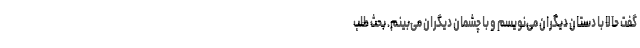
گفت حالا با دستان دیگران می‌نویسم و با چشمان دیگران می‌بینم. بحث طلب